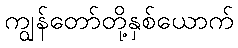
ကျွန်တော်တို့နှစ်ယောက်